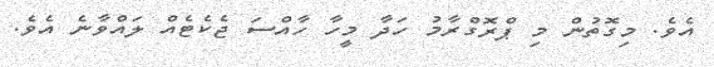
އެވެ. މިގޮތުން މި ޕްރޮގްރާމު ހަދާ މީހާ ހާއްސަ ޖެކެޓެއް ލައްވާނެ އެވެ.